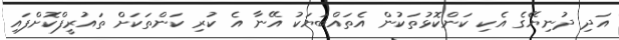
އަދި ދުނިޔޭގެ އެކި ކަންކޮޅުތަކުން އެތައްބަޔަކު އޭނާ އެ ކުރި ކަންތަކަށް ތައުރީފްކޮށްފައި